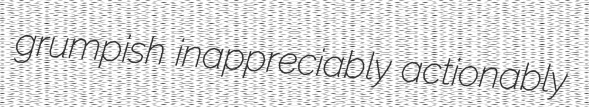
grumpish inappreciably actionably